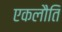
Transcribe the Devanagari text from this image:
एकलौति